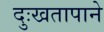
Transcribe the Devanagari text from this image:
दुःखतापाने